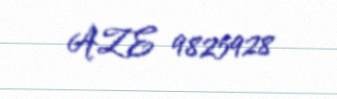
AZE 9825928